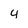
Character: 4